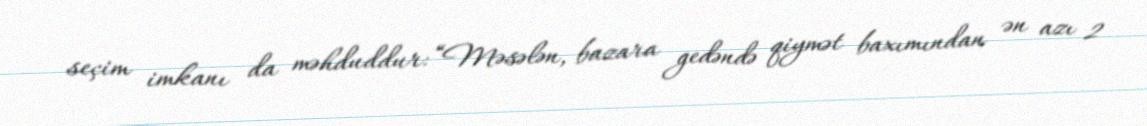
seçim imkanı da məhduddur: “Məsələn, bazara gedəndə qiymət baxımından ən azı 2